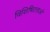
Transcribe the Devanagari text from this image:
विशिषिटताओं